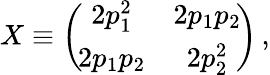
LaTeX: X\equiv\left(\begin{array}{cc}{{\! 2p_{1}^{2}}}&{{2p_{1}p_{2}\! }}\\ {{\! 2p_{1}p_{2}}}&{{2p_{2}^{2}\! }}\end{array}\right)\, ,